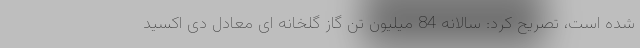
شده است، تصریح کرد: سالانه 84 میلیون تن گاز گلخانه‌ ای معادل دی‌ اکسید